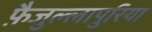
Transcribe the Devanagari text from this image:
फ़ैजुल्लापुरिया